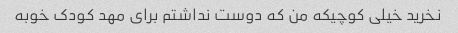
نخرید خیلی کوچیکه من که دوست نداشتم برای مهد کودک خوبه